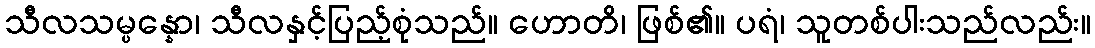
သီလသမ္ပန္နော၊ သီလနှင့်ပြည့်စုံသည်။ ဟောတိ၊ ဖြစ်၏။ ပရံ၊ သူတစ်ပါးသည်လည်း။